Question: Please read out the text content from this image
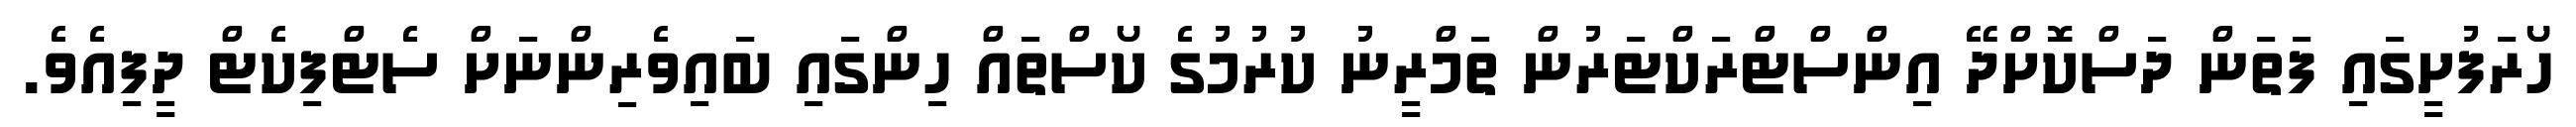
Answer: ހޯރަފުށީގައި ފަތަން ދަސްކޮށްދޭ އިންސްޓްރަކްޓަރުން ތަމްރީނު ކުރުމުގެ ކޯސްތައް ހިންގައި ބައިވެރިންނަށް ސެޓްފިކެޓް ދީފިއެވެ.